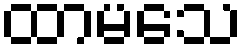
ထာမသေ